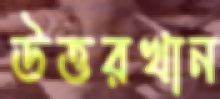
উত্তরখান